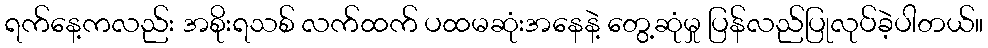
ရက်နေ့ကလည်း အစိုးရသစ် လက်ထက် ပထမဆုံးအနေနဲ့ တွေ့ဆုံမှု ပြန်လည်ပြုလုပ်ခဲ့ပါတယ်။